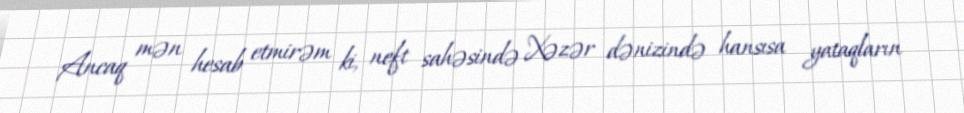
Ancaq mən hesab etmirəm ki, neft sahəsində Xəzər dənizində hansısa yataqların